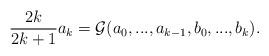
LaTeX: \begin{align*}\frac{2k}{2k+1}a_{k}=\mathcal{G}(a_{0},...,a_{k-1},b_{0},...,b_{k}).\end{align*}